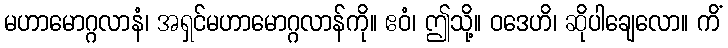
မဟာမောဂ္ဂလာနံ၊ အရှင်မဟာမောဂ္ဂလာန်ကို။ ဧဝံ၊ ဤသို့။ ဝဒေဟိ၊ ဆိုပါချေလော။ ကိံ